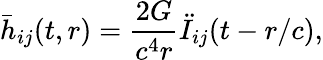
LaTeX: {\bar{h}}_{ij}(t,r)={\frac{2G}{c^{4}r}}{\ddot{I}}_{ij}(t-r/c),